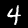
Digit: 4